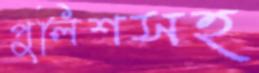
পুলিশসহ